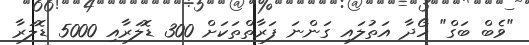
"ވެބް ބަގް" ހޯދާ އަތުލައި ގަންނަ ފަރާތްތަކަށް 300 ޑޮލަރާއި 5000 ޑޮލަރާ